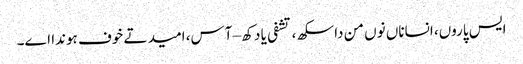
ایس پاروں، انساناں نوں من دا سکھ، تشفی یا دکھ – آس، امید تے خوف ہوندا اے۔